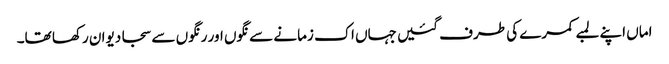
اماں اپنے لمبے کمرے کی طرف گئیں جہاں اک زمانے سے نگوں اور رنگوں سے سجا دیوان رکھا تھا۔